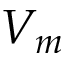
V _ { m }